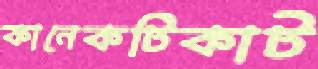
কানেকটিকাট